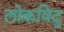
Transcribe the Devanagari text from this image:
लोकविदु